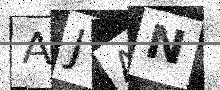
Text: AJAN